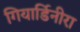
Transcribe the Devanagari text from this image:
गियार्डिनीरा